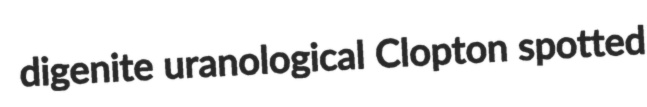
digenite uranological Clopton spotted